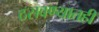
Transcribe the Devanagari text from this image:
ठसवण्यातही